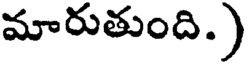
మారుతుంది.)